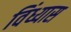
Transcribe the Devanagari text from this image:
विंध्यास